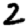
Digit: 2